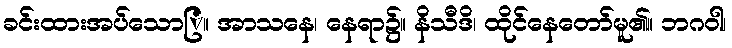
ခင်းထားအပ်သောြ။ အာသနေ၊ နေရာ၌။ နိသီဒိ၊ ထိုင်နေတော်မူ၏။ ဘဂဝါ၊